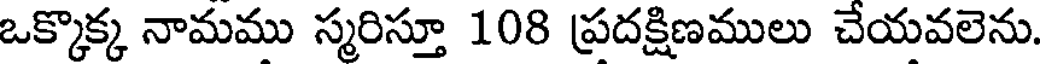
ఒక్కొక్క నామము స్మరిస్తూ 108 ప్రదక్షిణములు చేయవలెను